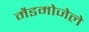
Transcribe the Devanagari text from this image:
मैडमोजेले